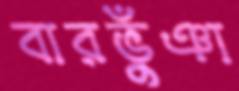
বারভুঁঞা